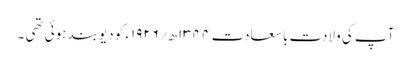
آپ کی ولادت باسعادت ۱۳۴۴ھ؍۱۹۲۶ء کو دیوبند ہوئی تھی ۔